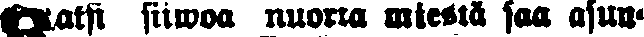
Kaksi siiwoa nuorta miestä saa asun-